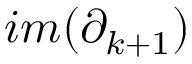
i m ( \partial _ { k + 1 } )